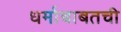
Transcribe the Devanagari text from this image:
धर्माबाबतची